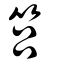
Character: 筥